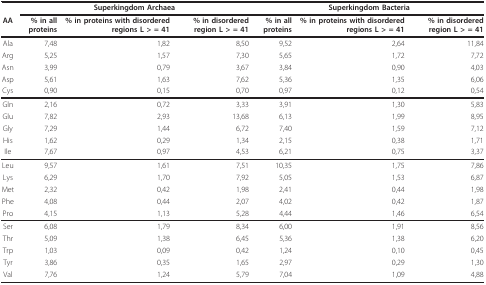
|  | <COLSPAN=3> Superkingdom Archaea | <COLSPAN=3> Superkingdom Bacteria |
 | AA | % in all proteins | % in proteins with disordered regions L > = 41 | % in disordered region L > = 41 | % in all proteins | % in proteins with disordered regions L > = 41 | % in disordered region L > = 41 |
 | --- | --- | --- | --- | --- | --- | --- |
 | Ala | 7,48 | 1,82 | 8,50 | 9,52 | 2,64 | 11,84 |
 | Arg | 5,25 | 1,57 | 7,30 | 5,65 | 1,72 | 7,72 |
 | Asn | 3,99 | 0,79 | 3,67 | 3,84 | 0,90 | 4,03 |
 | Asp | 5,61 | 1,63 | 7,62 | 5,36 | 1,35 | 6,06 |
 | Cys | 0,90 | 0,15 | 0,70 | 0,97 | 0,12 | 0,54 |
 | Gln | 2,16 | 0,72 | 3,33 | 3,91 | 1,30 | 5,83 |
 | Glu | 7,82 | 2,93 | 13,68 | 6,13 | 1,99 | 8,95 |
 | Gly | 7,29 | 1,44 | 6,72 | 7,40 | 1,59 | 7,12 |
 | His | 1,62 | 0,29 | 1,34 | 2,15 | 0,38 | 1,71 |
 | Ile | 7,67 | 0,97 | 4,53 | 6,21 | 0,75 | 3,37 |
 | Leu | 9,57 | 1,61 | 7,51 | 10,35 | 1,75 | 7,86 |
 | Lys | 6,29 | 1,70 | 7,92 | 5,05 | 1,53 | 6,87 |
 | Met | 2,32 | 0,42 | 1,98 | 2,41 | 0,44 | 1,98 |
 | Phe | 4,08 | 0,44 | 2,07 | 4,02 | 0,42 | 1,87 |
 | Pro | 4,15 | 1,13 | 5,28 | 4,44 | 1,46 | 6,54 |
 | Ser | 6,08 | 1,79 | 8,34 | 6,00 | 1,91 | 8,56 |
 | Thr | 5,09 | 1,38 | 6,45 | 5,36 | 1,38 | 6,20 |
 | Trp | 1,03 | 0,09 | 0,42 | 1,24 | 0,10 | 0,45 |
 | Tyr | 3,86 | 0,35 | 1,65 | 2,97 | 0,29 | 1,30 |
 | Val | 7,76 | 1,24 | 5,79 | 7,04 | 1,09 | 4,88 |